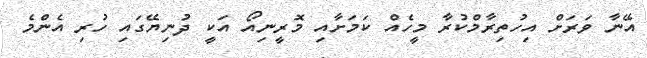
އޭނާ ވަރަށް އިހުތިރާމްކުރާ މީހެއް ކަމަށާއި މޮރީނިއޯ އަކީ ދުނިޔޭގައި ހުރި އެންމެ